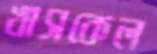
খাসকেল